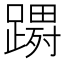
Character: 𮜔